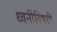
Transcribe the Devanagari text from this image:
ध्वनींविषयी